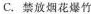
C.禁放烟花爆竹